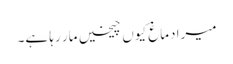
میرا دماغ کیوں چیخیں مار رہا ہے۔